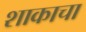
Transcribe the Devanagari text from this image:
शाकाचा